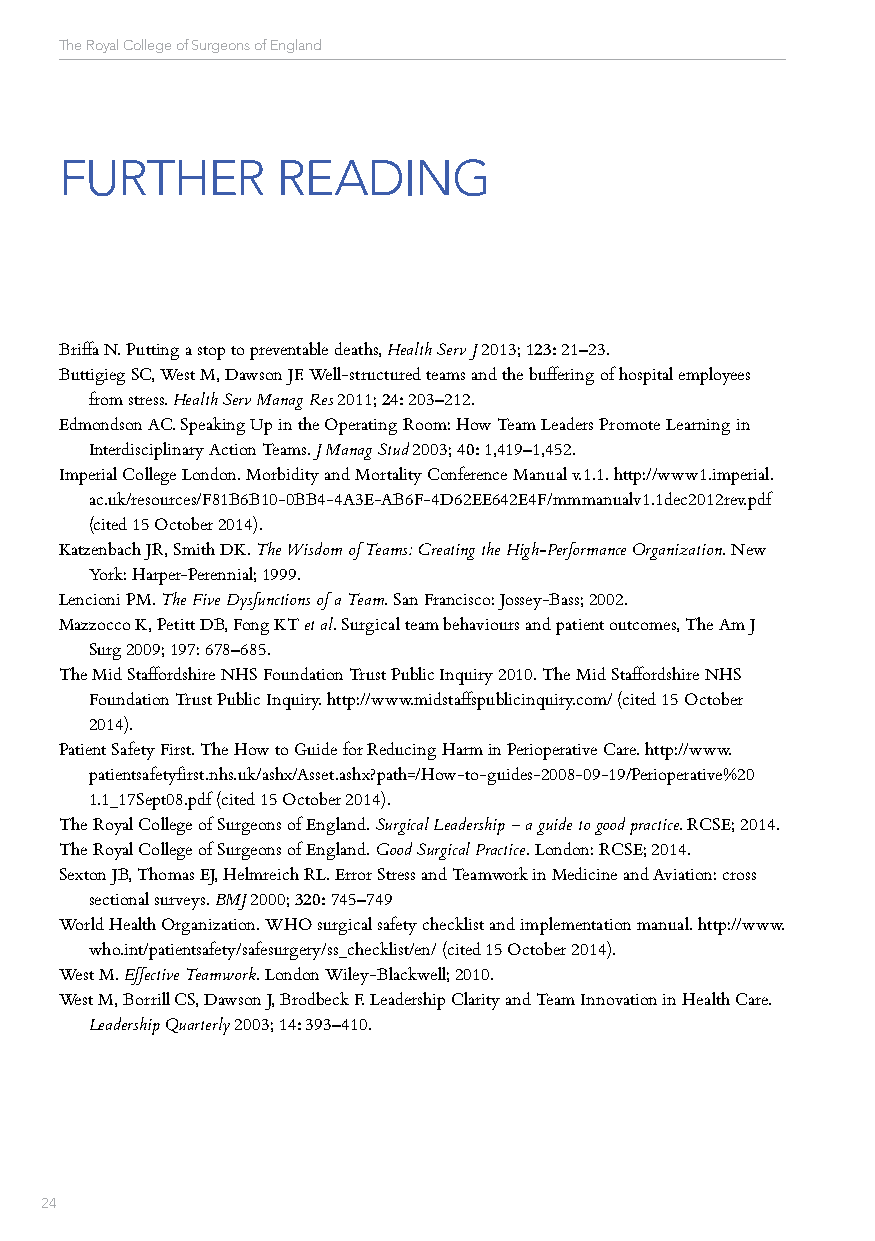
The Royal College of Surgeons of England
 FURTHER       READING
 Briffa N. Putting a stop to preventable deaths, Health Serv J 2013; 123: 21–23.
 Buttigieg SC, West M, Dawson JF. Well-structured teams and the buffering of hospital employees
 from stress. Health Serv Manag Res 2011; 24: 203–212.
 Edmondson AC. Speaking Up in the Operating Room: How Team Leaders Promote Learning in
 Interdisciplinary Action Teams. J Manag Stud 2003; 40: 1,419–1,452.
 Imperial College London. Morbidity and Mortality Conference Manual v.1.1. http://www1.imperial.
 ac.uk/resources/F81B6B10-0BB4-4A3E-AB6F-4D62EE642E4F/mmmanualv1.1dec2012rev.pdf
 (cited 15 October 2014).
 Katzenbach JR, Smith DK. The Wisdom of Teams: Creating the High-Performance Organization. New
 York: Harper-Perennial; 1999.
 Lencioni PM. The Five Dysfunctions of a Team. San Francisco: Jossey-Bass; 2002.
 Mazzocco K, Petitt DB, Fong KT et al. Surgical team behaviours and patient outcomes, The Am J
 Surg 2009; 197: 678–685.
 The Mid Staffordshire NHS Foundation Trust Public Inquiry 2010. The Mid Staffordshire NHS
 Foundation Trust Public Inquiry. http://www.midstaffspublicinquiry.com/ (cited 15 October
 2014).
 Patient Safety First. The How to Guide for Reducing Harm in Perioperative Care. http://www.
 patientsafetyfirst.nhs.uk/ashx/Asset.ashx?path=/How-to-guides-2008-09-19/Perioperative%20
 1.1_17Sept08.pdf (cited 15 October 2014).
 The Royal College of Surgeons of England. Surgical Leadership – a guide to good practice. RCSE; 2014.
 The Royal College of Surgeons of England. Good Surgical Practice. London: RCSE; 2014.
 Sexton JB, Thomas EJ, Helmreich RL. Error Stress and Teamwork in Medicine and Aviation: cross
 sectional surveys. BMJ 2000; 320: 745–749
 World Health Organization. WHO surgical safety checklist and implementation manual. http://www.
 who.int/patientsafety/safesurgery/ss_checklist/en/ (cited 15 October 2014).
 West M. Effective Teamwork. London Wiley-Blackwell; 2010.
 West M, Borrill CS, Dawson J, Brodbeck F. Leadership Clarity and Team Innovation in Health Care.
 Leadership Quarterly 2003; 14: 393–410.
 24